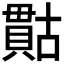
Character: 𮚙